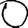
Digit: 0